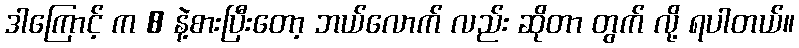
ဒါကြောင့် က 8 နဲ့စားပြီးတော့ ဘယ်လောက် လည်း ဆိုတာ တွက် လို့ ရပါတယ်။